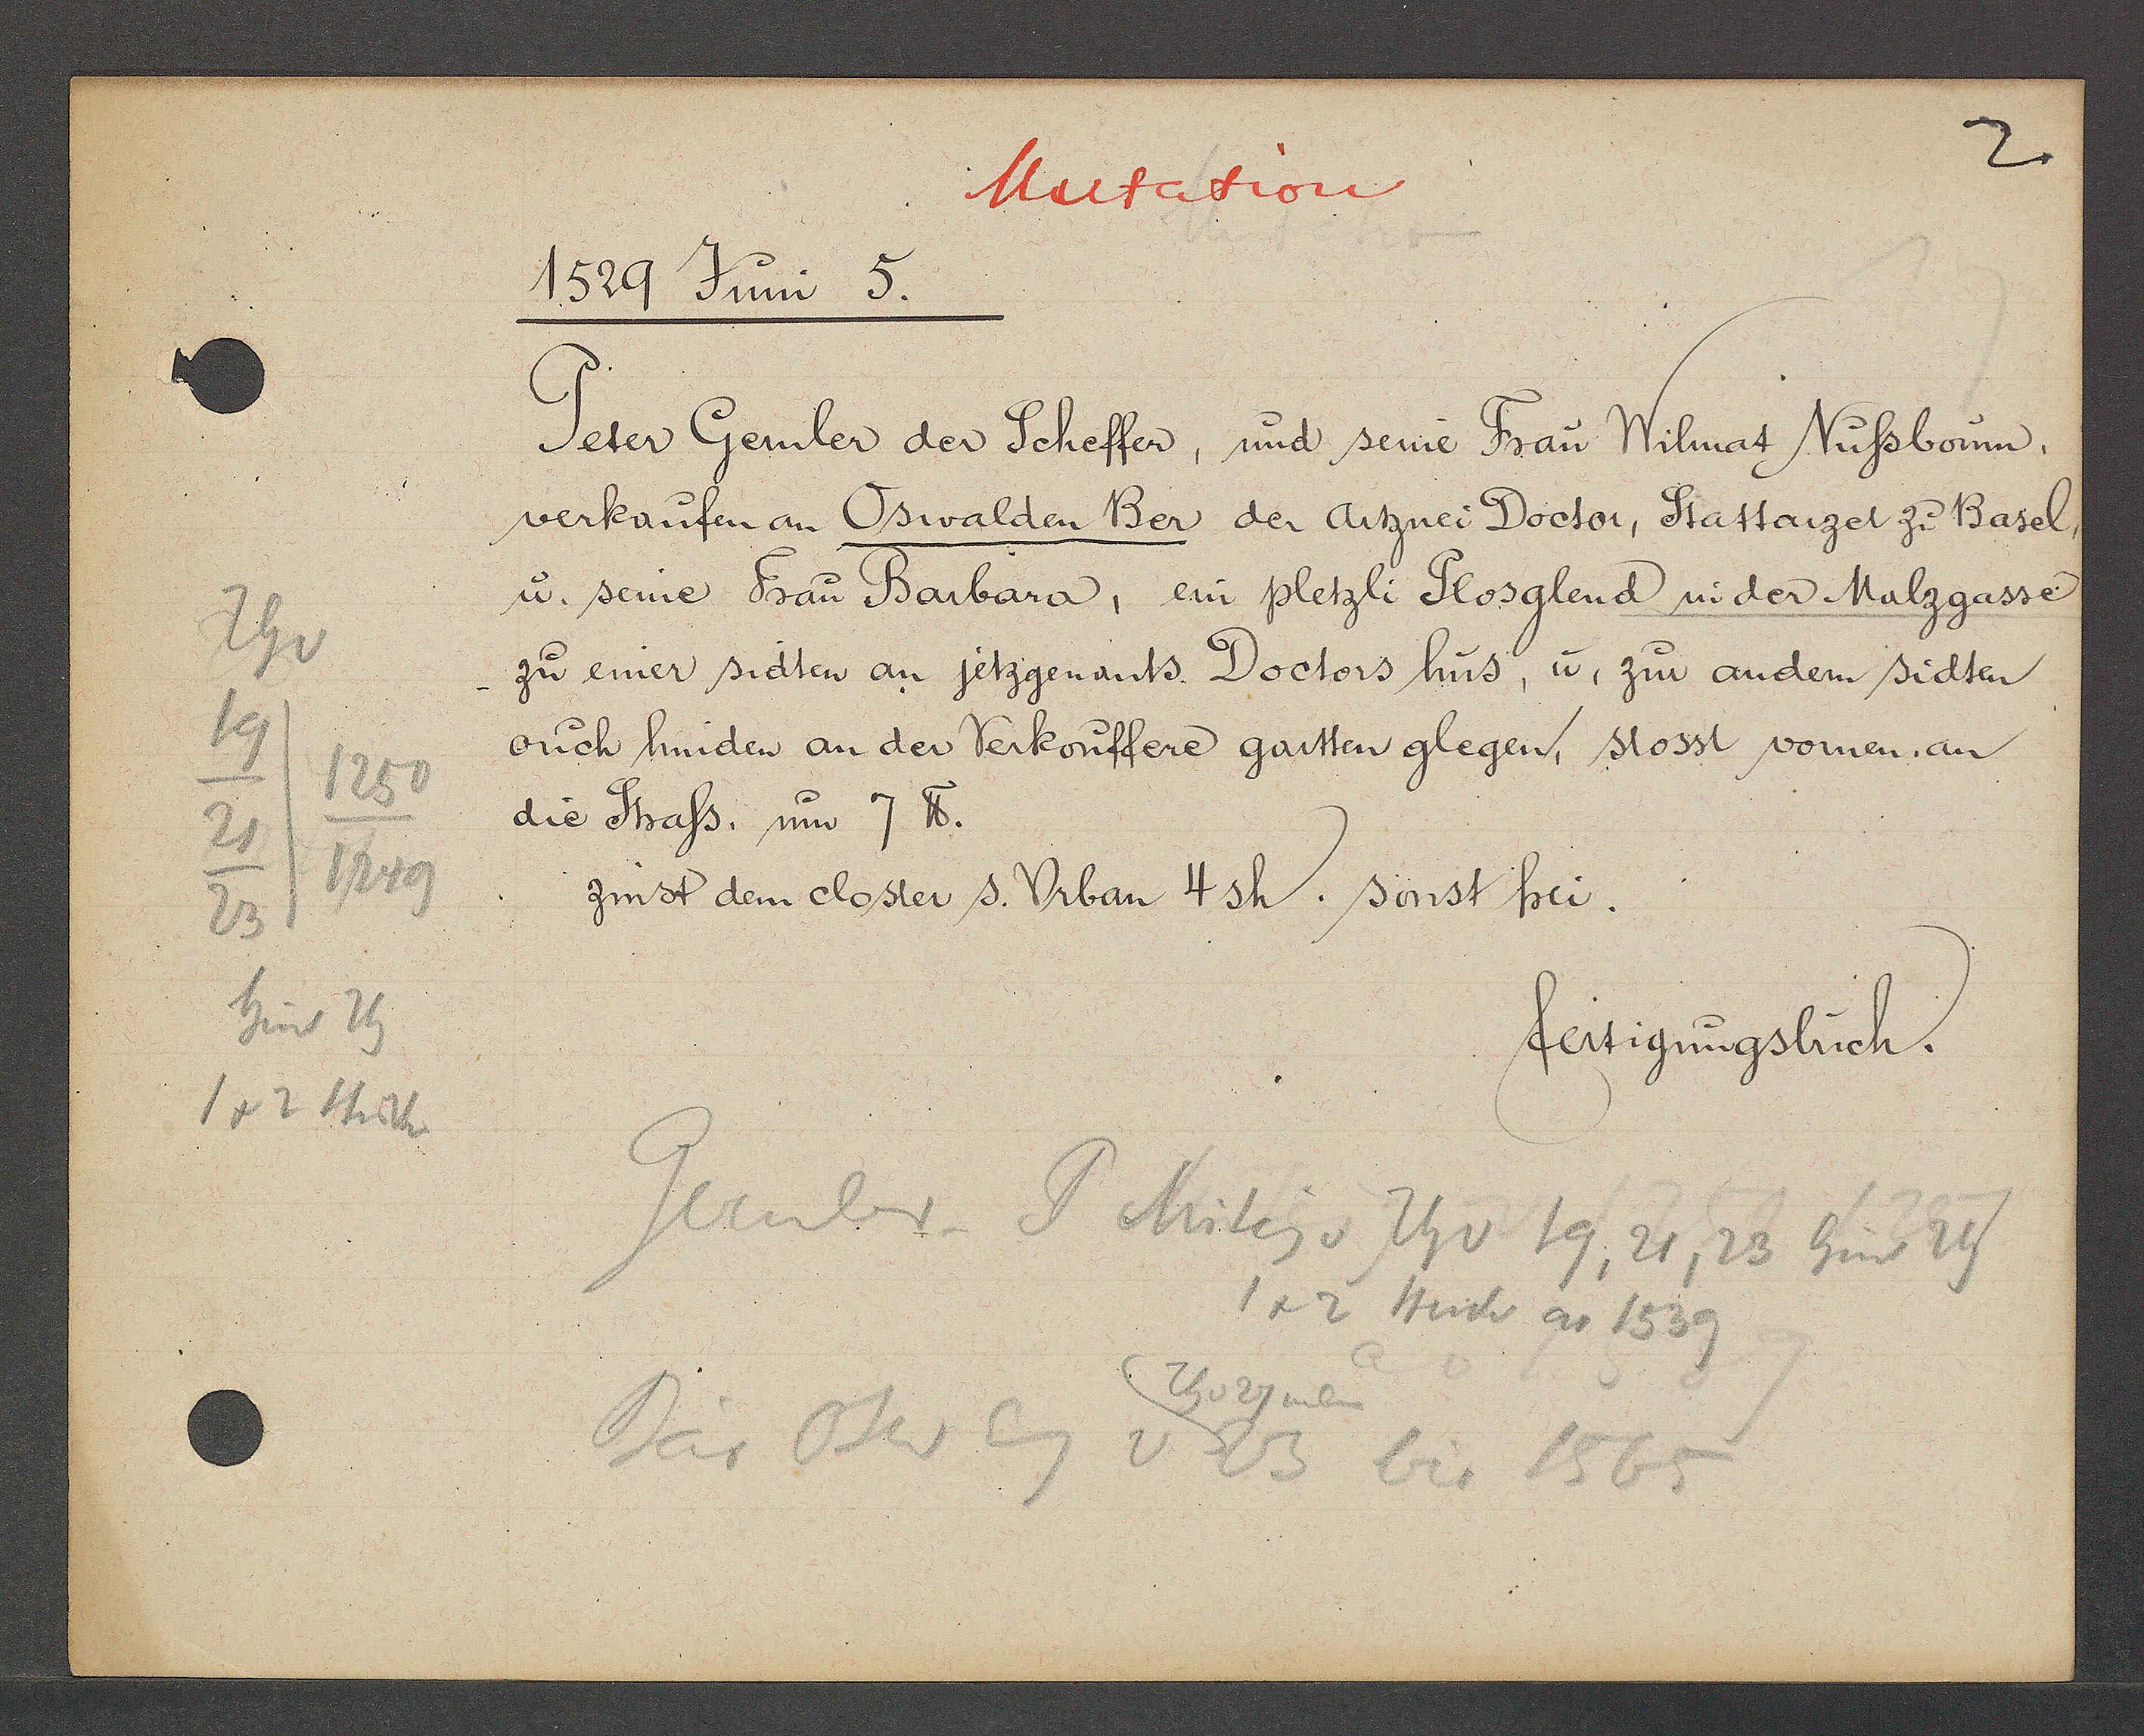
Transcript:
Th v
19
1250
21
1249
23
hint Th
1 + 2 stück

Mutation
1529 Juni 5.

Peter Gernler der Scheffer, und seine Frau Wilmat Nussboum,
verkaufen an Oswalden Ber der Artznei Doctor, Stattarzel zu Basel,
u. seine Frau Barbara, ein pletzli Plosglend u. der Malzgasse
zu einer sidten an jetzgenants Doctors hus, u. zur andern sidten
ouch hinden an der Verkouffere gartten glegen, stosst vornen an
die Strass. um 7 ℔.
zinst dem closter s. Urban 4sh. sonst frei.

fertigungsbuch.

Gernler P Mitig v Th v 19, 21, 23 hint 29
1+2 stück ao 1539
Th v 27 neben
Bär Oser Eig v 23 bis 1565